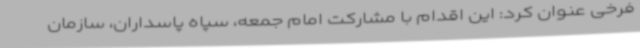
فرخی عنوان کرد: این اقدام با مشارکت امام جمعه، سپاه پاسداران، سازمان